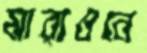
মারাওনে